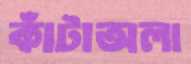
কাঁটাঅলা